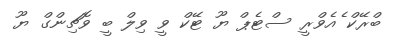
ބްރޭކް ެެއެވްރީ ސްޓެޕް ޔޫ ޓޭކް ވީ ވިލް ބީ ވޮޗިންގް ޔޫ